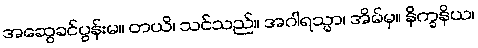
အဆွေခင်ပွန်းမ။ တယိ၊ သင်သည်။ အဂါရသ္မာ၊ အိမ်မှ။ နိက္ခနိယ၊